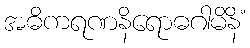
အဓိကရဏနိရောဓဂါမိနိံ